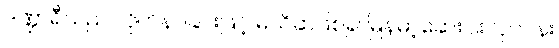
ဒဏ္ဍာရီသည် လိုက်နာခြင်းဖြင့် မသိဆဲဖြစ်၍ မြန်မာ့ဆေးဝါးလုပ်ငန်း